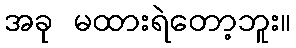
အခု မထားရဲတော့ဘူး။